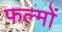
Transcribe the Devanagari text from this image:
फल्मों